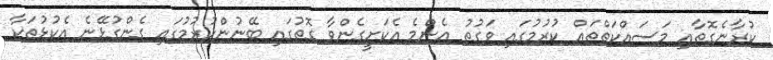
ކުރާނެގޮތާއި މަސައްކަތްތައް ކުރުމުގައި ވަގުތު އެންމެ އެކަށީގެންވާ ގޮތުގައި ބޭނުންކުރުމުގައި ގެންގުޅޭނެ އެކުޅުތަކާ